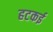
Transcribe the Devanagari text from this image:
हटकई